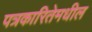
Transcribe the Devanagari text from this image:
पत्रकारितेमधील